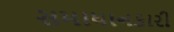
સમાધાનકારી